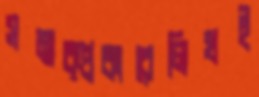
সম্যক্‌প্রকারেলিখই